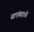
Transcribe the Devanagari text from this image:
साएंसदानों